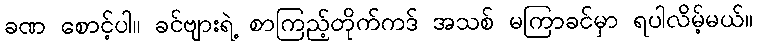
ခဏ စောင့်ပါ။ ခင်ဗျားရဲ့ စာကြည့်တိုက်ကဒ် အသစ် မကြာခင်မှာ ရပါလိမ့်မယ်။